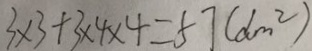
3 \times 3 + 3 \times 4 \times 4 = 5 7 ( d m ^ { 2 } )